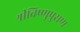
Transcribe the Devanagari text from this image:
श्रीविष्णुपुराण